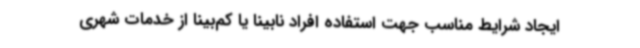
ایجاد شرایط مناسب جهت استفاده افراد نابینا یا کم‌بینا از خدمات شهری